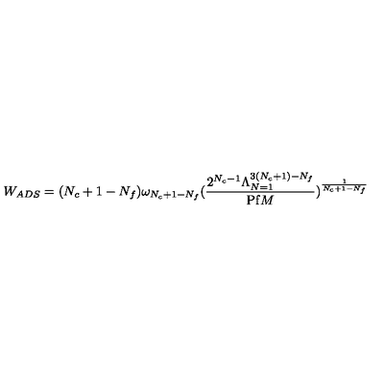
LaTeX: W _ { A D S } = ( N _ { c } + 1 - N _ { f } ) \omega _ { N _ { c } + 1 - N _ { f } } ( \frac { 2 ^ { N _ { c } - 1 } \Lambda _ { N = 1 } ^ { 3 ( N _ { c } + 1 ) - N _ { f } } } { \mathrm { P f } M } ) ^ { \frac { 1 } { N _ { c } + 1 - N _ { f } } }